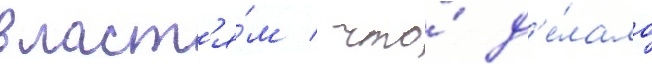
власт'я́м / что́ д'е́лало